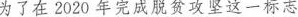
为了在2020年完成脱贫攻坚这一标志